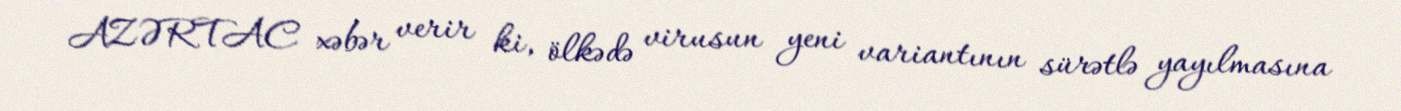
AZƏRTAC xəbər verir ki, ölkədə virusun yeni variantının sürətlə yayılmasına